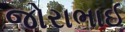
જોરાભાઈ